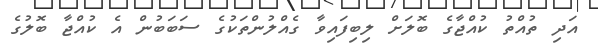
އަދި ތުއްތު ކުއްޖާގެ ބޮލަށް ލިބިފައިވާ ގެއްލުންތަކުގެ ސަބަބުން އެ ކުއްޖާ ބޮލުގެ